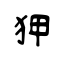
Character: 狎